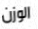
الوزن